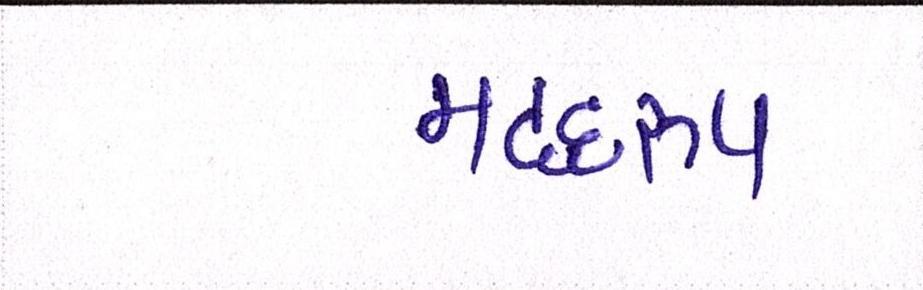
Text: મદદરુપ